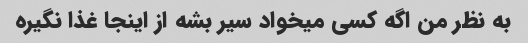
به نظر من اگه کسی میخواد سیر بشه از اینجا غذا نگیره